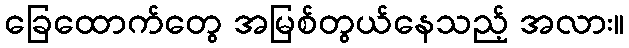
ခြေထောက်တွေ အမြစ်တွယ်နေသည့် အလား။